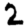
Digit: 2